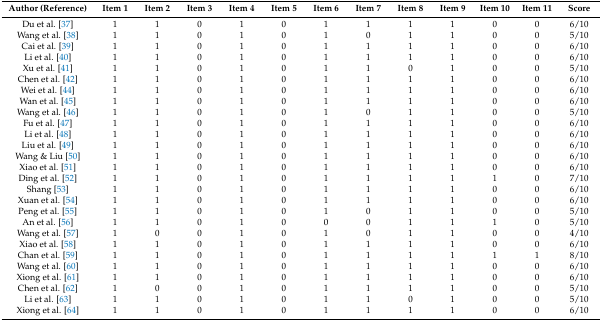
<table><thead><tr><td><b>Author (Reference)</b></td><td><b>Item 1</b></td><td><b>Item 2</b></td><td><b>Item 3</b></td><td><b>Item 4</b></td><td><b>Item 5</b></td><td><b>Item 6</b></td><td><b>Item 7</b></td><td><b>Item 8</b></td><td><b>Item 9</b></td><td><b>Item 10</b></td><td><b>Item 11</b></td><td><b>Score</b></td></tr></thead><tbody><tr><td>Du et al. [37]</td><td>1</td><td>1</td><td>0</td><td>1</td><td>0</td><td>1</td><td>1</td><td>1</td><td>1</td><td>0</td><td>0</td><td>6/10</td></tr><tr><td>Wang et al. [38]</td><td>1</td><td>1</td><td>0</td><td>1</td><td>0</td><td>1</td><td>0</td><td>1</td><td>1</td><td>0</td><td>0</td><td>5/10</td></tr><tr><td>Cai et al. [39]</td><td>1</td><td>1</td><td>0</td><td>1</td><td>0</td><td>1</td><td>1</td><td>1</td><td>1</td><td>0</td><td>0</td><td>6/10</td></tr><tr><td>Li et al. [40]</td><td>1</td><td>1</td><td>0</td><td>1</td><td>0</td><td>1</td><td>1</td><td>1</td><td>1</td><td>0</td><td>0</td><td>6/10</td></tr><tr><td>Xu et al. [41]</td><td>1</td><td>1</td><td>0</td><td>1</td><td>0</td><td>1</td><td>1</td><td>0</td><td>1</td><td>0</td><td>0</td><td>5/10</td></tr><tr><td>Chen et al. [42]</td><td>1</td><td>1</td><td>0</td><td>1</td><td>0</td><td>1</td><td>1</td><td>1</td><td>1</td><td>0</td><td>0</td><td>6/10</td></tr><tr><td>Wei et al. [44]</td><td>1</td><td>1</td><td>0</td><td>1</td><td>0</td><td>1</td><td>1</td><td>1</td><td>1</td><td>0</td><td>0</td><td>6/10</td></tr><tr><td>Wan et al. [45]</td><td>1</td><td>1</td><td>0</td><td>1</td><td>0</td><td>1</td><td>1</td><td>1</td><td>1</td><td>0</td><td>0</td><td>6/10</td></tr><tr><td>Wang et al. [46]</td><td>1</td><td>1</td><td>0</td><td>1</td><td>0</td><td>1</td><td>0</td><td>1</td><td>1</td><td>0</td><td>0</td><td>5/10</td></tr><tr><td>Fu et al. [47]</td><td>1</td><td>1</td><td>0</td><td>1</td><td>0</td><td>1</td><td>1</td><td>1</td><td>1</td><td>0</td><td>0</td><td>6/10</td></tr><tr><td>Li et al. [48]</td><td>1</td><td>1</td><td>0</td><td>1</td><td>0</td><td>1</td><td>1</td><td>1</td><td>1</td><td>0</td><td>0</td><td>6/10</td></tr><tr><td>Liu et al. [49]</td><td>1</td><td>1</td><td>0</td><td>1</td><td>0</td><td>1</td><td>1</td><td>1</td><td>1</td><td>0</td><td>0</td><td>6/10</td></tr><tr><td>Wang &amp; Liu [50]</td><td>1</td><td>1</td><td>0</td><td>1</td><td>0</td><td>1</td><td>1</td><td>1</td><td>1</td><td>0</td><td>0</td><td>6/10</td></tr><tr><td>Xiao et al. [51]</td><td>1</td><td>1</td><td>0</td><td>1</td><td>0</td><td>1</td><td>1</td><td>1</td><td>1</td><td>0</td><td>0</td><td>6/10</td></tr><tr><td>Ding et al. [52]</td><td>1</td><td>1</td><td>0</td><td>1</td><td>0</td><td>1</td><td>1</td><td>1</td><td>1</td><td>1</td><td>0</td><td>7/10</td></tr><tr><td>Shang [53]</td><td>1</td><td>1</td><td>0</td><td>1</td><td>0</td><td>1</td><td>1</td><td>1</td><td>1</td><td>0</td><td>0</td><td>6/10</td></tr><tr><td>Xuan et al. [54]</td><td>1</td><td>1</td><td>0</td><td>1</td><td>0</td><td>1</td><td>1</td><td>1</td><td>1</td><td>0</td><td>0</td><td>6/10</td></tr><tr><td>Peng et al. [55]</td><td>1</td><td>1</td><td>0</td><td>1</td><td>0</td><td>1</td><td>0</td><td>1</td><td>1</td><td>0</td><td>0</td><td>5/10</td></tr><tr><td>An et al. [56]</td><td>1</td><td>1</td><td>0</td><td>1</td><td>0</td><td>0</td><td>0</td><td>1</td><td>1</td><td>1</td><td>0</td><td>5/10</td></tr><tr><td>Wang et al. [57]</td><td>1</td><td>0</td><td>0</td><td>1</td><td>0</td><td>1</td><td>0</td><td>1</td><td>1</td><td>0</td><td>0</td><td>4/10</td></tr><tr><td>Xiao et al. [58]</td><td>1</td><td>1</td><td>0</td><td>1</td><td>0</td><td>1</td><td>1</td><td>1</td><td>1</td><td>0</td><td>0</td><td>6/10</td></tr><tr><td>Chan et al. [59]</td><td>1</td><td>1</td><td>0</td><td>1</td><td>0</td><td>1</td><td>1</td><td>1</td><td>1</td><td>1</td><td>1</td><td>8/10</td></tr><tr><td>Wang et al. [60]</td><td>1</td><td>1</td><td>0</td><td>1</td><td>0</td><td>1</td><td>1</td><td>1</td><td>1</td><td>0</td><td>0</td><td>6/10</td></tr><tr><td>Xiong et al. [61]</td><td>1</td><td>1</td><td>0</td><td>1</td><td>0</td><td>1</td><td>1</td><td>1</td><td>1</td><td>0</td><td>0</td><td>6/10</td></tr><tr><td>Chen et al. [62]</td><td>1</td><td>0</td><td>0</td><td>1</td><td>0</td><td>1</td><td>1</td><td>1</td><td>1</td><td>0</td><td>0</td><td>5/10</td></tr><tr><td>Li et al. [63]</td><td>1</td><td>1</td><td>0</td><td>1</td><td>0</td><td>1</td><td>1</td><td>0</td><td>1</td><td>0</td><td>0</td><td>5/10</td></tr><tr><td>Xiong et al. [64]</td><td>1</td><td>1</td><td>0</td><td>1</td><td>0</td><td>1</td><td>1</td><td>1</td><td>1</td><td>0</td><td>0</td><td>6/10</td></tr></tbody></table>